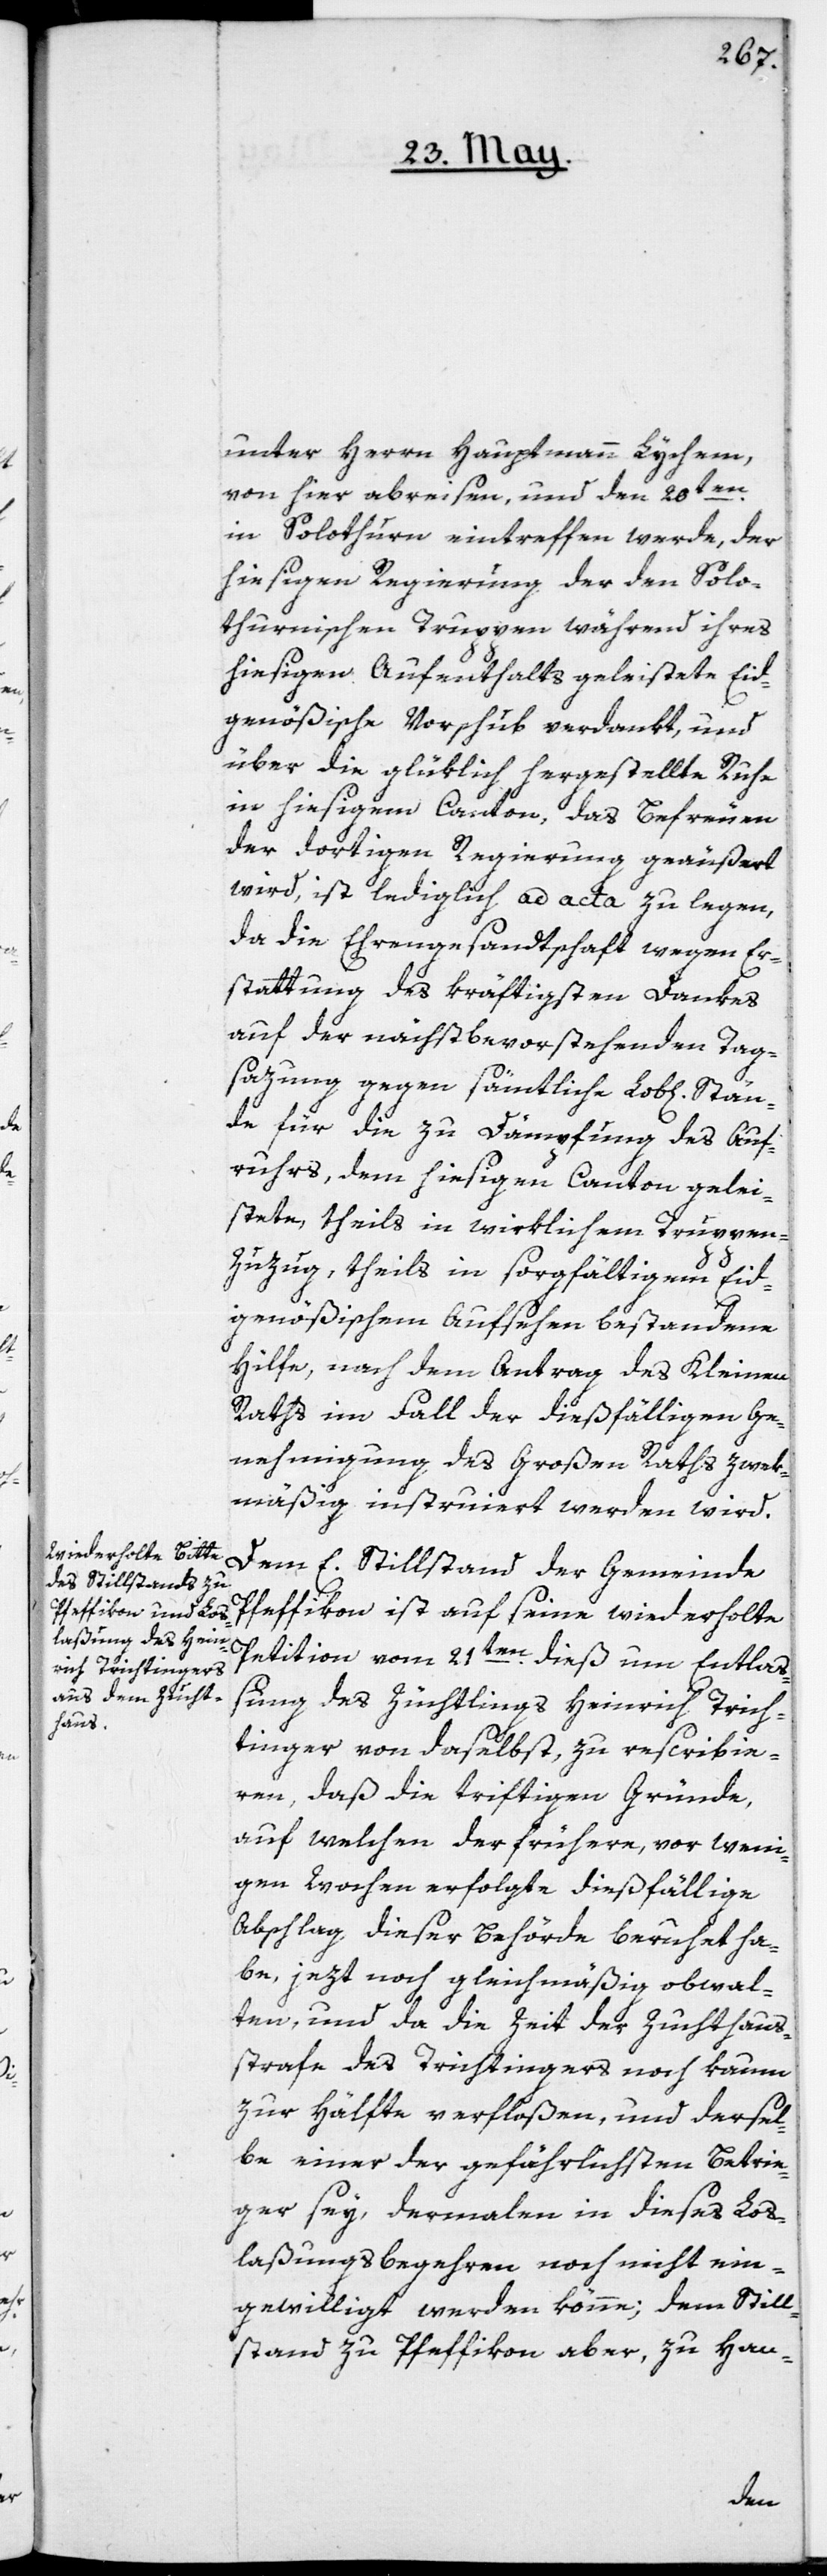
Stän¬

unter Herrn Hauptmann Lychem,
von hier abreisen, und den 20ten
in Solothurn eintreffen werde, der
hiesigen Regierung der den Solo¬
thurnischen Truppen während ihres
hiesigen Aufenthalts geleistete Eid¬
genößische Vorschub verdankt, und
über die glüklich hergestellte Ruhe
in hiesigem Canton, das Befreuen
der dortigen Regierung geäußert
wird, ist lediglich ad acta zu legen,
da die Ehrengesandtschaft wegen Er¬
stattung des kräftigsten Dankes
auf der nächstbevorstehenden Tag¬
sazung gegen sämtliche Lob[lichen]
de für die zu Dämpfung des Auf¬
ruhrs, dem hiesigen Canton gelei¬
stete, theils in wirklichem Truppen-Z¬
uzug, theils in sorgfältigem Eid¬
genößischem Aufsehen bestandene
Hilfe, nach dem Antrag des Kleinen
Raths im Fall der dießfälligen Ge¬
nehmigung des Großen Raths zwek¬
mäßig instruiert werden wird.
Dem E. Stillstand der Gemeinde
Pfeffikon ist auf seine wiederholte
Petiton vom 21ten dieß um Entlaß¬
ung des Züchtlings Heinrich Trich¬
tinger von daselbst, zu rescribie¬
ren, daß die triftigen Gründe,
auf welchen der frühere, vor weni¬
gen Wochen erfolgte dießfällige
Abschlag dieser Behörde beruhet ha¬
be, jezt noch gleichmäßig obwal¬
ten, und da die Zeit der Zuchthaus¬
strafe des Trichtingers noch kaum
zur Hälfte verfloßen, und dersel¬
be einer der gefährlichsten Betrie¬
ger sey, dermalen in dieses Los¬
laßungsbegehren noch nicht ein¬
gewilligt werden könne; dem Still¬
stand zu Pfeffikon aber, zu Han-